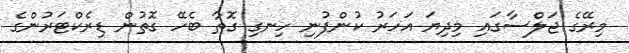
މިރޭގެ ޖަލްސާގައި މިދިޔަ އަހަރު ކުންފުނި ހިނގި ގޮތާ ބެހޭ ގޮތުން ޑިރެކްޓަރުންގެ